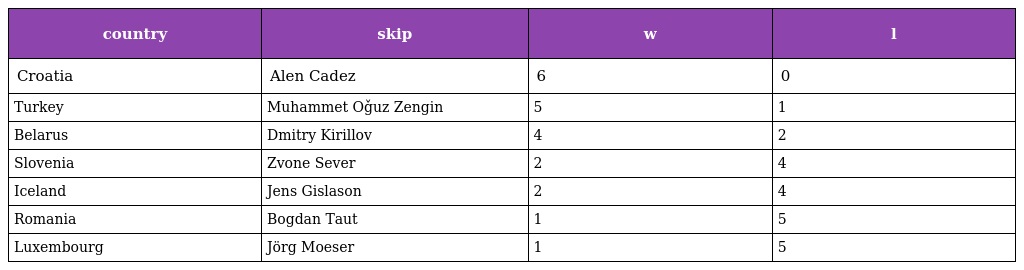
| country | skip | w | l |
 | --- | --- | --- | --- |
 | Croatia | Alen Cadez | 6 | 0 |
 | Turkey | Muhammet Oǧuz Zengin | 5 | 1 |
 | Belarus | Dmitry Kirillov | 4 | 2 |
 | Slovenia | Zvone Sever | 2 | 4 |
 | Iceland | Jens Gislason | 2 | 4 |
 | Romania | Bogdan Taut | 1 | 5 |
 | Luxembourg | Jörg Moeser | 1 | 5 |